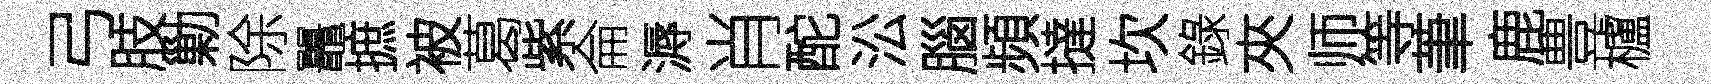
弓肢勦除鼉摭被葛紫侖溽肖酡㳂腦頻撻坎錄夾师等茟鹿豊櫨